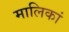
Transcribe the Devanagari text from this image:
मालिकां